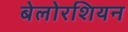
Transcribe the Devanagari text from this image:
बेलोरशियन